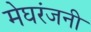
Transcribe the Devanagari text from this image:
मेघरंजनी